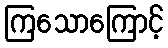
ကြသောကြောင့်